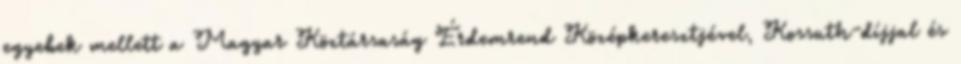
egyebek mellett a Magyar Köztársaság Érdemrend Középkeresztjével, Kossuth-díjjal és